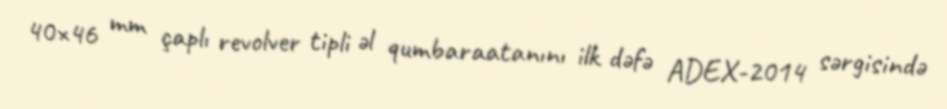
40×46 mm çaplı revolver tipli əl qumbaraatanını ilk dəfə ADEX-2014 sərgisində